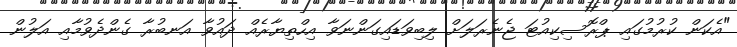
"އެކަން ކުރުމުގައި ޕްރޮސިކިއުޓަ ޖެނެރަލަށް ލިބިވަޑައިގަންނަވާ އިހްތިޔާރެއް ދައުވާ އަނބުރާ ގެންދެވުމާއި އަލުން